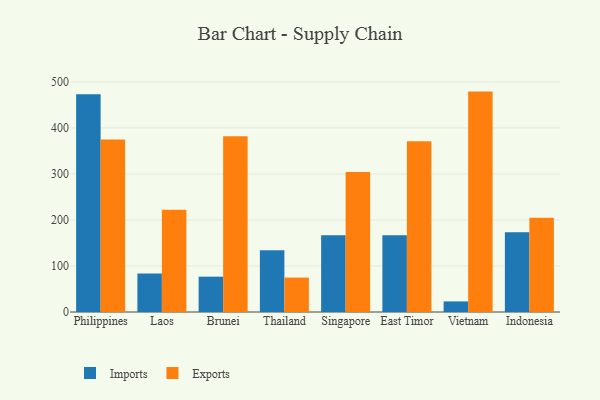
{"axis": {"x": "Country", "y": "Population (Million)"}, "legend": ["Exports", "Imports"], "data": [{"x": "Philippines", "y": 472.9, "type": "Imports"}, {"x": "Philippines", "y": 374.6, "type": "Exports"}, {"x": "Laos", "y": 83.4, "type": "Imports"}, {"x": "Laos", "y": 222.2, "type": "Exports"}, {"x": "Brunei", "y": 76.8, "type": "Imports"}, {"x": "Brunei", "y": 381.9, "type": "Exports"}, {"x": "Thailand", "y": 134.0, "type": "Imports"}, {"x": "Thailand", "y": 74.8, "type": "Exports"}, {"x": "Singapore", "y": 166.6, "type": "Imports"}, {"x": "Singapore", "y": 304.3, "type": "Exports"}, {"x": "East Timor", "y": 166.5, "type": "Imports"}, {"x": "East Timor", "y": 371.2, "type": "Exports"}, {"x": "Vietnam", "y": 23.0, "type": "Imports"}, {"x": "Vietnam", "y": 478.9, "type": "Exports"}, {"x": "Indonesia", "y": 173.5, "type": "Imports"}, {"x": "Indonesia", "y": 204.9, "type": "Exports"}]}